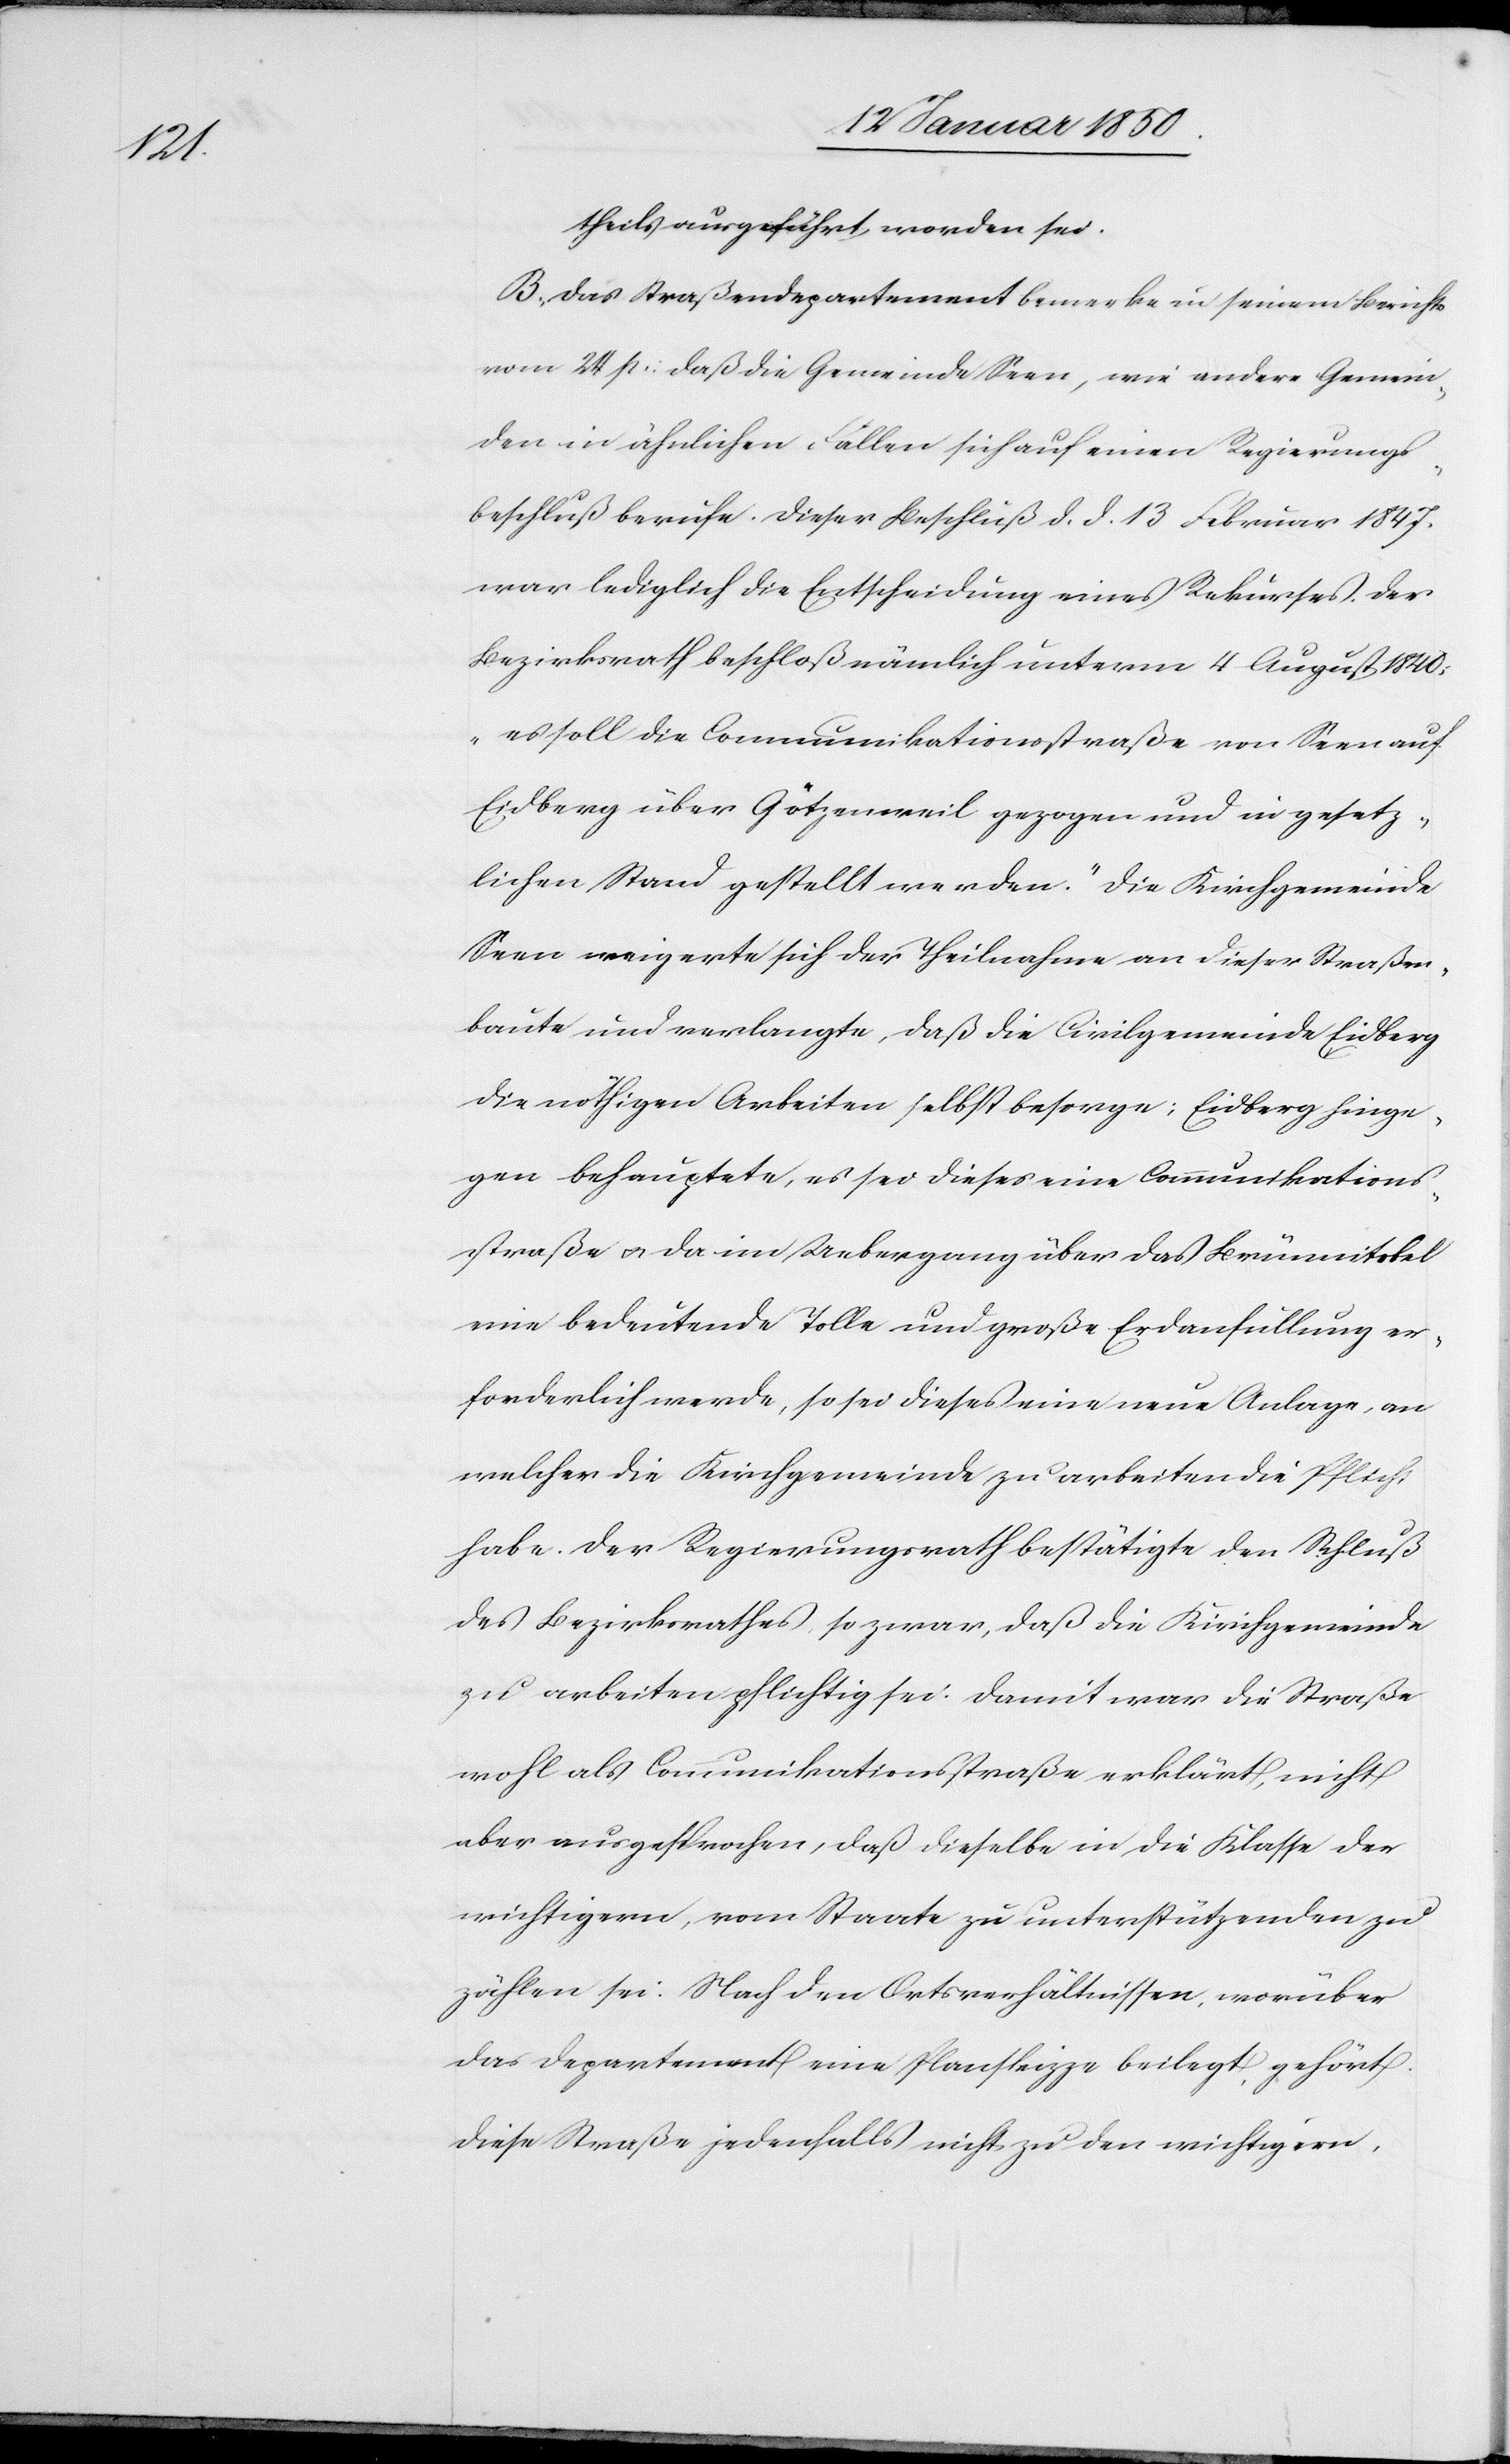
theils ausgeführt worden sei.
B. Das Straßendepartement bemerke in seinem Bericht
vom 24 p: daß die Gemeinde Seen, wie andere Gemein¬
den in ähnlichen Fällen sich auf einen Regierungs¬
beschluß berufe. Dieser Beschluß d. d. 13 Februar 1847.
war lediglich die Entscheidung eines Rekurses. Der
Bezirksrath beschloß nämlich unterm 4 August 1840:
„es soll die Communikationsstraße von Seen auf
Eidberg über Götzenweil gezogen und in gesetz¬
lichen Stand gestellt werden.“ Die Kirchgemeinde
Seen weigerte sich der Theilnahme an dieser Straßen¬
baute und verlangte, daß die Civilgemeinde Eidberg
die nöthigen Arbeiten selbst besorge; Eidberg hinge¬
gen behauptete, es sei dieses eine Communikations¬
straße u. da im Uebergang über das Brünnitobel
eine bedeutende Tolle und große Erdanfüllung er¬
forderlich werde, so sei dieses eine neue Anlage, an
welcher die Kirchgemeinde zu arbeiten die Pflicht
habe. Der Regierungsrath bestätigte den Schluß
des Bezirksrathes so zwar, daß die Kirchgemeinde
zu arbeiten pflichtig sei. Damit war die Straße
wohl als Communikationsstraße erklärt, nicht
aber ausgesprochen, da dieselbe in die Klasse der
wichtigern, vom Staate zu unterstützenden zu
zählen sei. Nach den Ortsverhältnissen, worüber
das Departement eine Planskizze beilegt, gehört
diese Straße jedenfalls nicht zu den wichtigern,